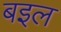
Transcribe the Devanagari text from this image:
बइल